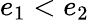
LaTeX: e_{1}<e_{2}